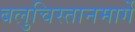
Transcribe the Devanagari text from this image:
बलुचिस्तानमार्गे